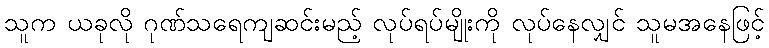
သူက ယခုလို ဂုဏ်သရေကျဆင်းမည့် လုပ်ရပ်မျိုးကို လုပ်နေလျှင် သူမအနေဖြင့်